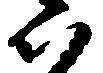
い